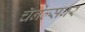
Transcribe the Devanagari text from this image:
चॅनेल्सवर